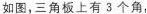
如图，三角板上有3个角，